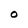
Character: 0